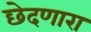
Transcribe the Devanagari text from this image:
छेदणारा